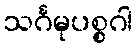
သင်္ဂမုပစ္စဂါ